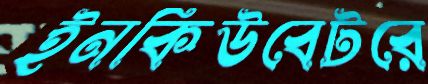
ইনকিউবেটরে